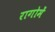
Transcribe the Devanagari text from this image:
रागोमें